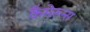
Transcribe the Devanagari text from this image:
कैमेरून्स